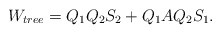
\begin{align*} W_{tree}= Q_1 Q_2 S_2 + Q_1 A Q_2 S_1.\end{align*}